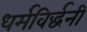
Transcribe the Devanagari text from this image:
धर्मविर्द्धनी